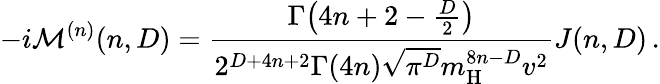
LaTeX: -i\mathcal{M}^{(n)}(n,D)=\frac{\Gamma\big(4n+2-\frac{D}{2}\big)}{2^{D+4n+2}\Gamma(4n)\sqrt{\pi^{D}}m_{\mathrm{H}}^{8n-D}v^{2}}J(n,D)\, .